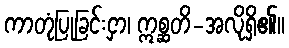
ကာတုံပြုခြင်းငှာ၊ ဣစ္ဆတိ-အလိုရှိ၏။